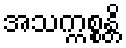
အသက္ကစ္စန္တိ